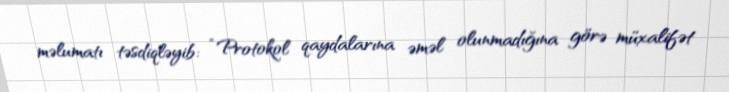
məlumatı təsdiqləyib: “Protokol qaydalarına əməl olunmadığına görə müxalifət